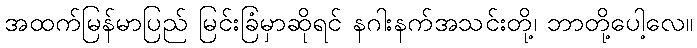
အထက်မြန်မာပြည် မြင်းခြံမှာဆိုရင် နဂါးနက်အသင်းတို့၊ ဘာတို့ပေါ့လေ။